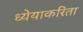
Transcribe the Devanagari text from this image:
ध्येयाकरिता